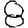
Digit: 8